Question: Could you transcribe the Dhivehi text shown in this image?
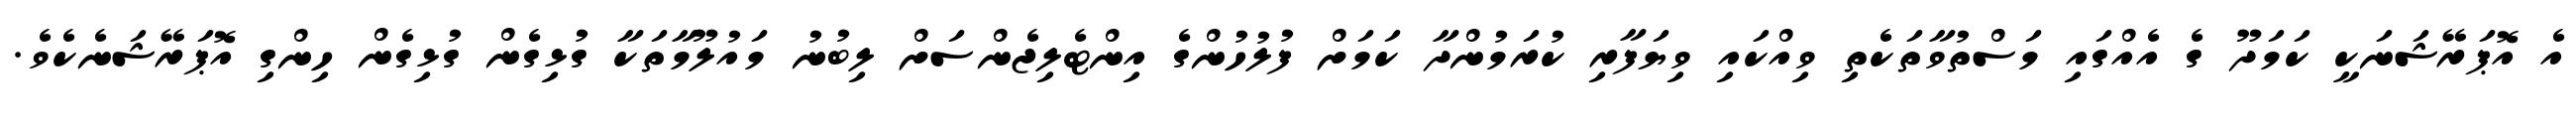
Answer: އެ އޮޕަރޭޝަނަކީ ކަމަދޫ ގެ އެއްގައި މަސްތުވާތަކެތި ވިއްކައި ވިޔަފާރި ކުރަމުންދާ ކަމަށް ފުލުހުންގެ އިންޓެލިޖެންސަށް ލިބުނު މައުލޫމާތަކާ ގުޅިގެން ގުޅިގެން ހިންގި އޮޕަރޭޝަނެކެވެ.